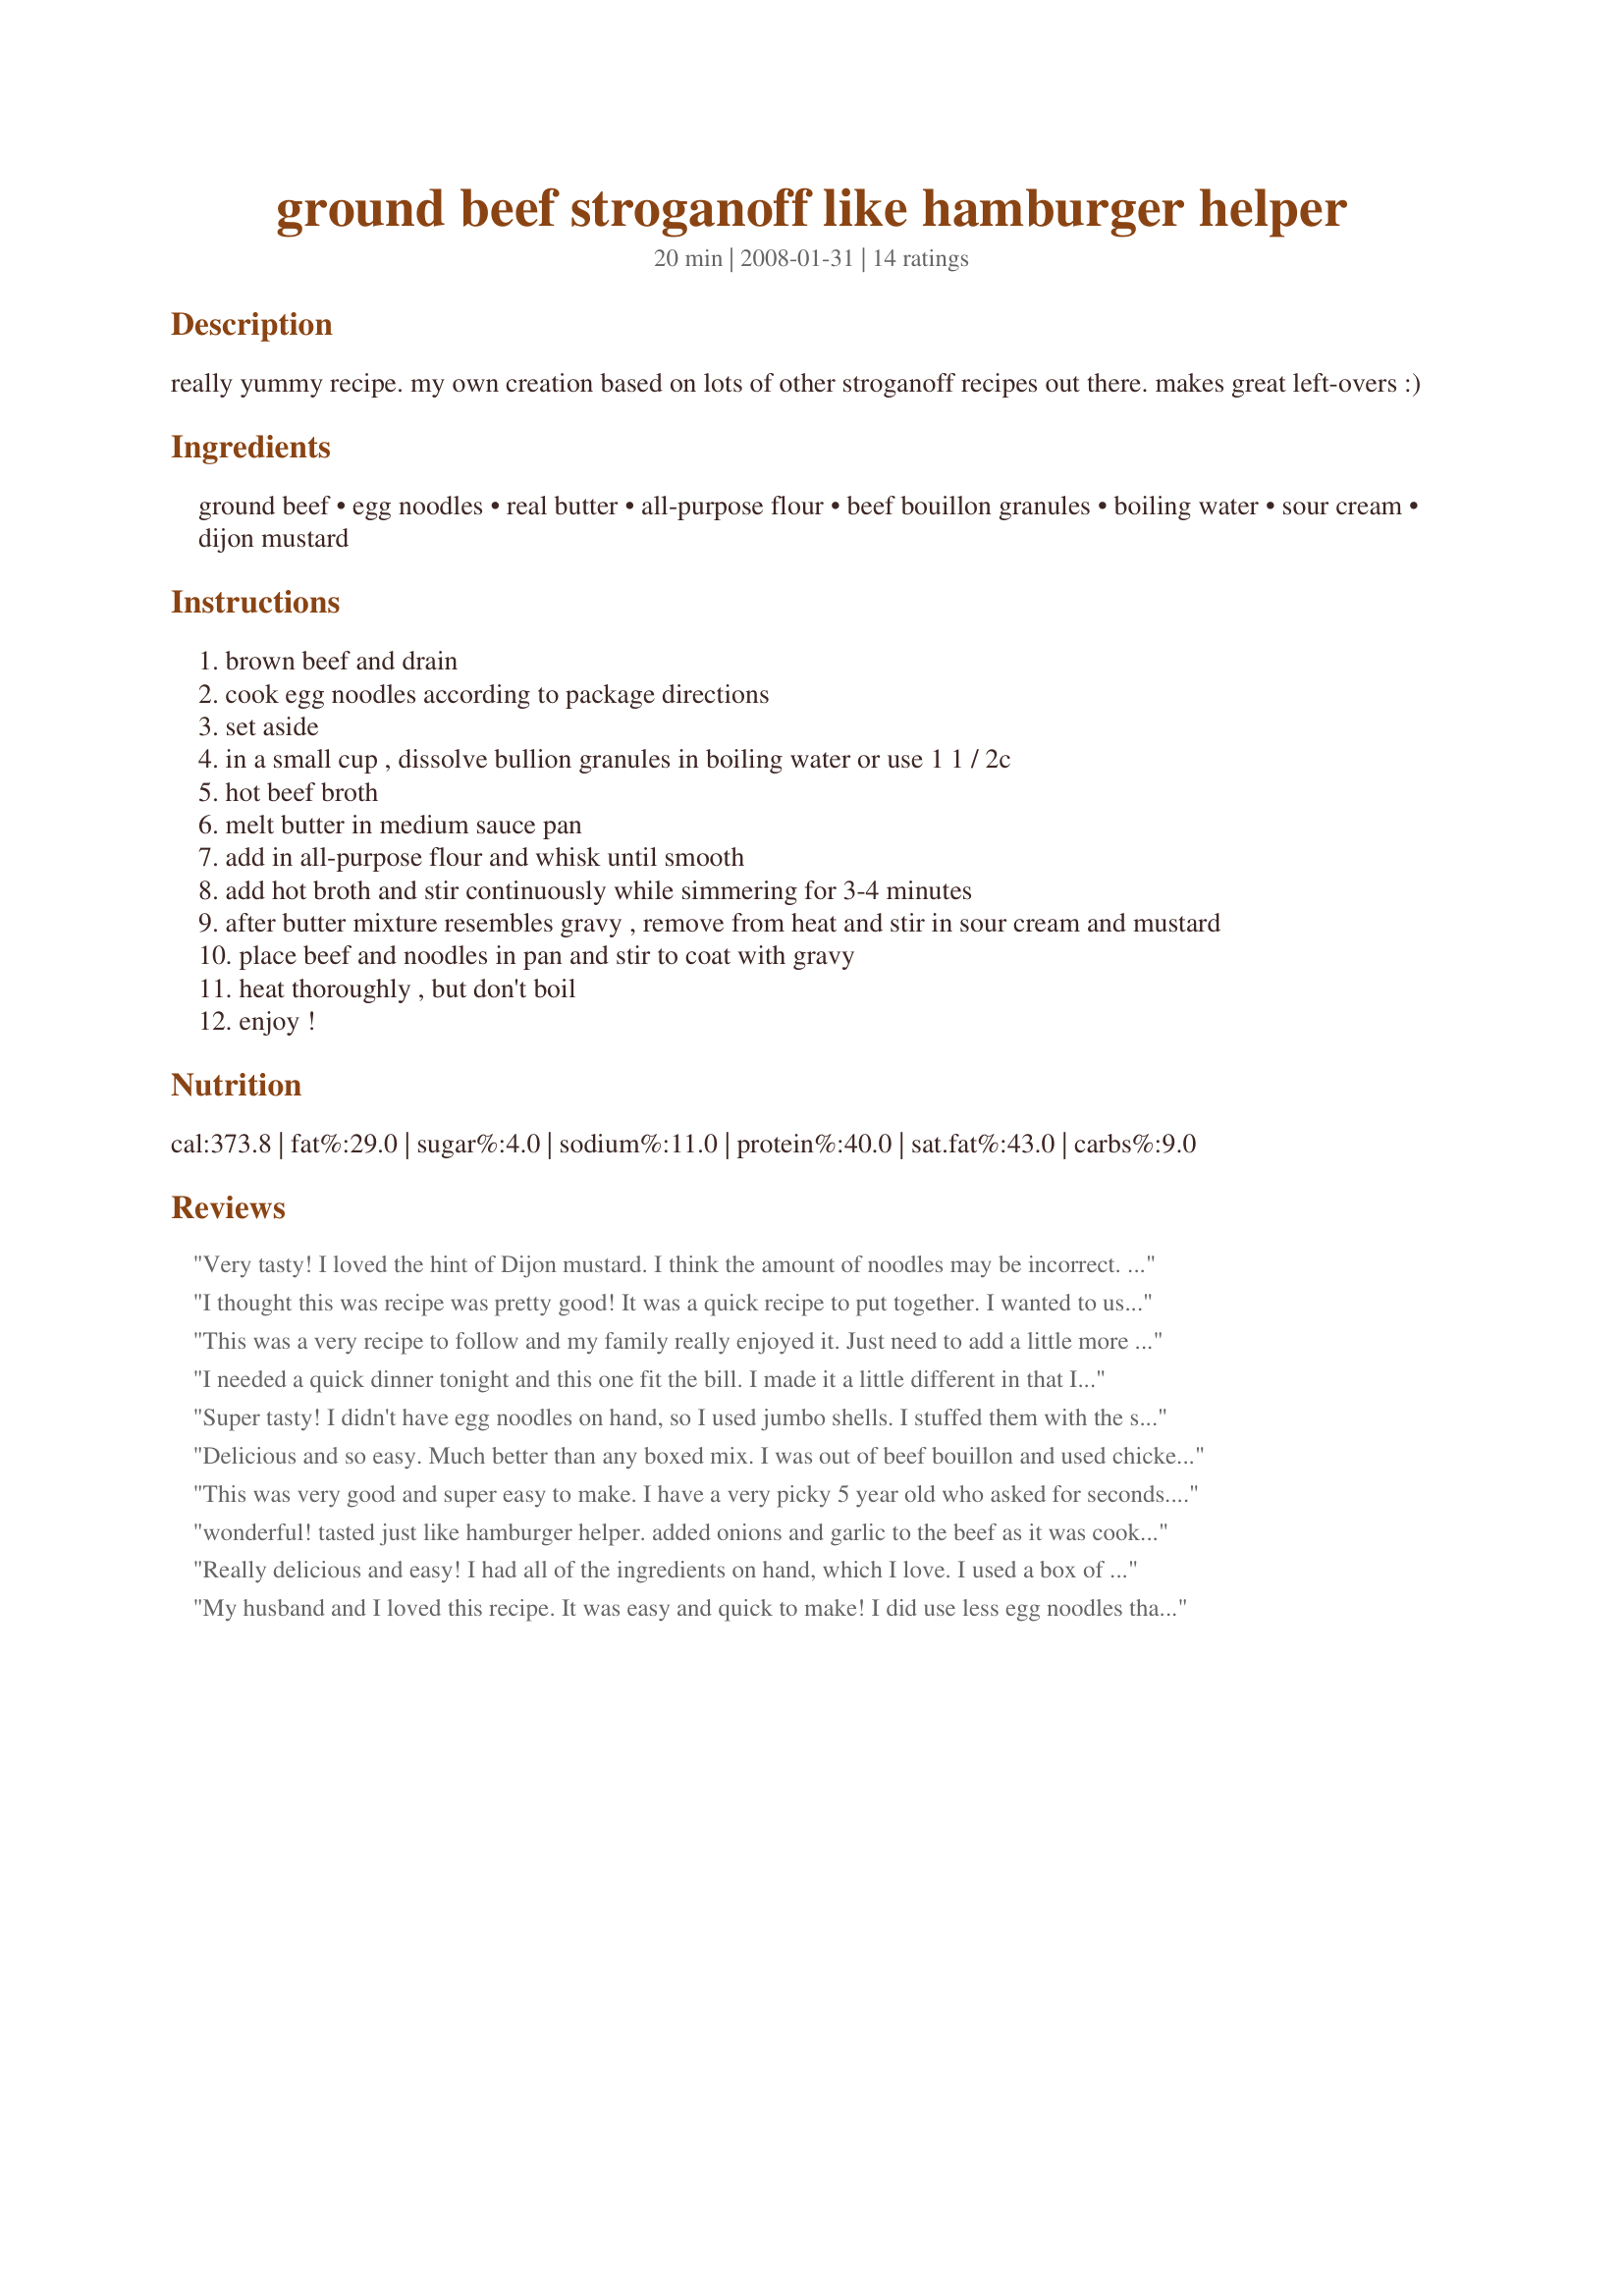
ground beef stroganoff like hamburger helper
Preparation time: 20 minutes

really yummy recipe. my own creation based on lots of other stroganoff recipes out there. makes great left-overs :)

Ingredients:
ground beef, egg noodles, real butter, all-purpose flour, beef bouillon granules, boiling water, sour cream, dijon mustard

Steps:
brown beef and drain
cook egg noodles according to package directions
set aside
in a small cup , dissolve bullion granules in boiling water or use 1 1 / 2c
hot beef broth
melt butter in medium sauce pan
add in all-purpose flour and whisk until smooth
add hot broth and stir continuously while simmering for 3-4 minutes
after butter mixture resembles gravy , remove from heat and stir in sour cream and mustard
place beef and noodles in pan and stir to coat with gravy
heat thoroughly , but don't boil
enjoy !

Reviews:
Very tasty! I loved the hint of Dijon mustard. I think the amount of noodles may be incorrect. I used 8 oz of noodles and it was just right. I also added some chopped onion and garlic. Thanx for a wonderful meal. I'll make this again.
I thought this was recipe was pretty good! It was a quick recipe to put together. I wanted to use my ground turkey up in the fridge and also needed a recipe with minimal ingredients. <br/>It didn't take long to whip this up. It needed more spices. I added salt, pepper, and parsley. It still seemed somewhat blan, but at least it was healthier than the "boxed" stuff. <br/>I used mini lasagna noodles and it turned out quite nice. Thanks a bunch for sharing!
This was a very recipe to follow and my family really enjoyed it. Just need to add a little more seasoning.
I needed a quick dinner tonight and this one fit the bill. I made it a little different in that I used lean ground beef that did not have to be drained, omitted the butter, used canned low sodium beef broth. also added some minced onion and garlic powder and parsley. It could have used a little table salt but I resisted as I am trying to cut so much sodium out of my diet...the family loved it. Thanks for posting!
Super tasty! I didn't have egg noodles on hand, so I used jumbo shells. I stuffed them with the stroganoff filling and froze them. They reheated easily. GREAT recipe! I'll never go back to the box!
Delicious and so easy. Much better than any boxed mix. I was out of beef bouillon and used chicken instead. Also sauteed a small onion and a few garlic cloves in a little coconut oil before adding beef to brown. Added additional garlic powder and a sprinkle of cayenne pepper. It would also be great with chicken instead of beef. Reminds me of a favorite dish from macaroni grill from years ago. Thank you for sharing this recipe.
This was very good and super easy to make. I have a very picky 5 year old who asked for seconds. I really thought he would just taste a little bite. I am going to be making this more often.
wonderful! tasted just like hamburger helper. added onions and garlic to the beef as it was cooking.
Really delicious and easy! I had all of the ingredients on hand, which I love. I used a box of ziti pasta, concentrated beef boullion along with beef broth, used extra meat and made extra sauce. I also added fresh garlic, granulated onion and horseradish mustard- yum!! Even my 5 kids loved it
My husband and I loved this recipe. It was easy and quick to make! I did use less egg noodles than the recipe asked for.
This recipe is terrible I don't not suggest it
I can't believe how well it turned out, even to a finicky Cajun! I add to add to it - sorry, but us Cajuns, we like some flavor to our food. 1/4 of an onion, chopped. Same of Bell pepper. 3 Bouillon cubes, dash of soy. Cajun seasoning (Tony Cachere's-pronounced cashier) and little black pepper. Peppers added with sour creme, to keep them mild. Is hard to find recipes that are good to begin with, that I can add to. Excellent job!
I found this recipe easy, tasty but a bit salty. I added garlic, parsley and black pepper to my ground beef while browning. I do plan on making again and using canned low sodium beef broth to cut the salt just a bit. Still, a very good dish! 
Tee
Too many noodles, wasn't saucy enough. Beef bouillon granules has a typo, should be 1-1/2 tsp, not Tbls
